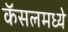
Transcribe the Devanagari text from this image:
कॅसलमध्ये